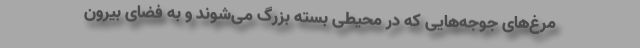
‌مرغ‌های جوجه‌هایی که در محیطی بسته بزرگ می‌شوند و به فضای بیرون